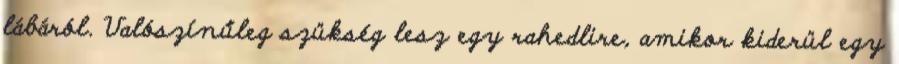
lábáról. Valószínűleg szükség lesz egy rahedlire, amikor kiderül egy